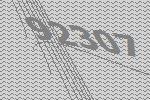
92307